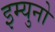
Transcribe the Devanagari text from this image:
इम्युनो